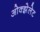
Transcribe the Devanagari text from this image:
ओक्झेलेट